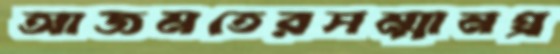
আজমতেরসম্মানপ্র